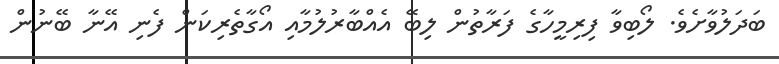
ބަދަލުވާށެވެ. ލޯބިވާ ފިރިމީހާގެ ފަރާތުން ލިބޭ އެއްބާރުލުމާއި އޯގާތެރިކަން ފެނި އޭނާ ބޭނުން